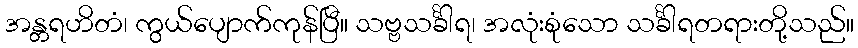
အန္တရဟိတံ၊ ကွယ်ပျောက်ကုန်ပြီ။ သဗ္ဗသင်္ခါရ၊ အလုံးစုံသော သင်္ခါရတရားတို့သည်။